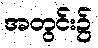
အတွင်း၌